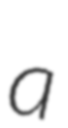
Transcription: a